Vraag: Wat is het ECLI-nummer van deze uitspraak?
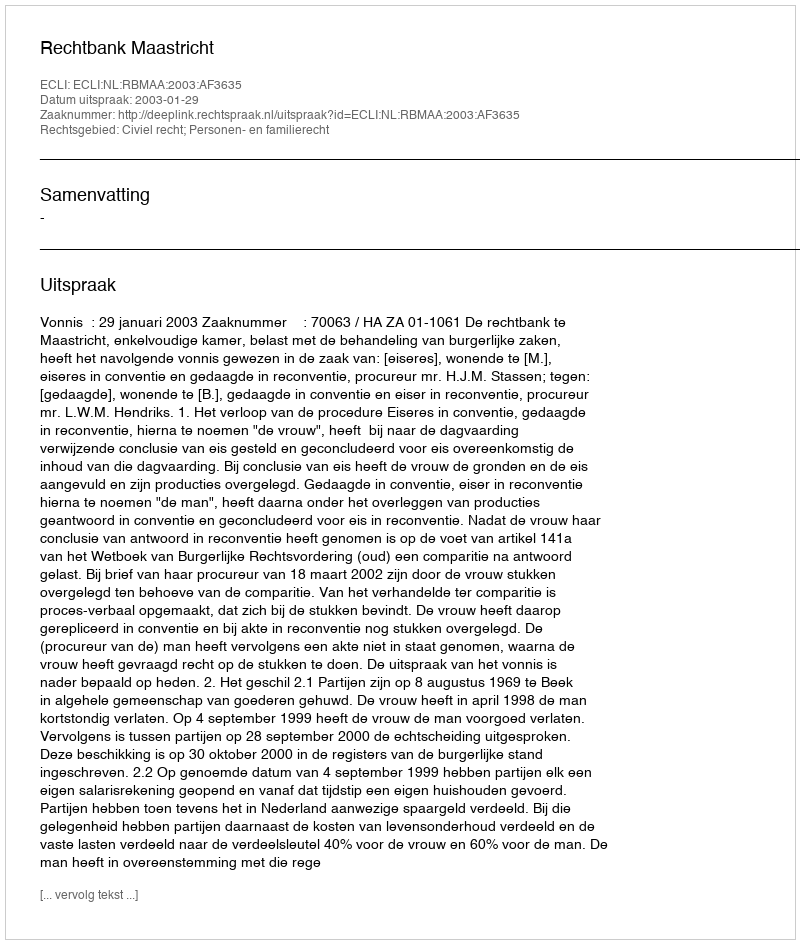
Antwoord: ECLI:NL:RBMAA:2003:AF3635